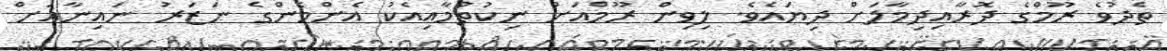
ތެދުވެ ރޫމްގެ ދޮރާއިދިމާލަށް ދިޔައެވެ. ލިވިން ރޫމްއަށް ނިކުތުމާއިއެކު އެންމެންގެ ނަޒަރު ނައިނާއަށް